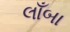
લાઁબા